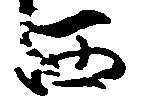
西